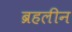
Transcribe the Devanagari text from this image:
ब्रहलीन